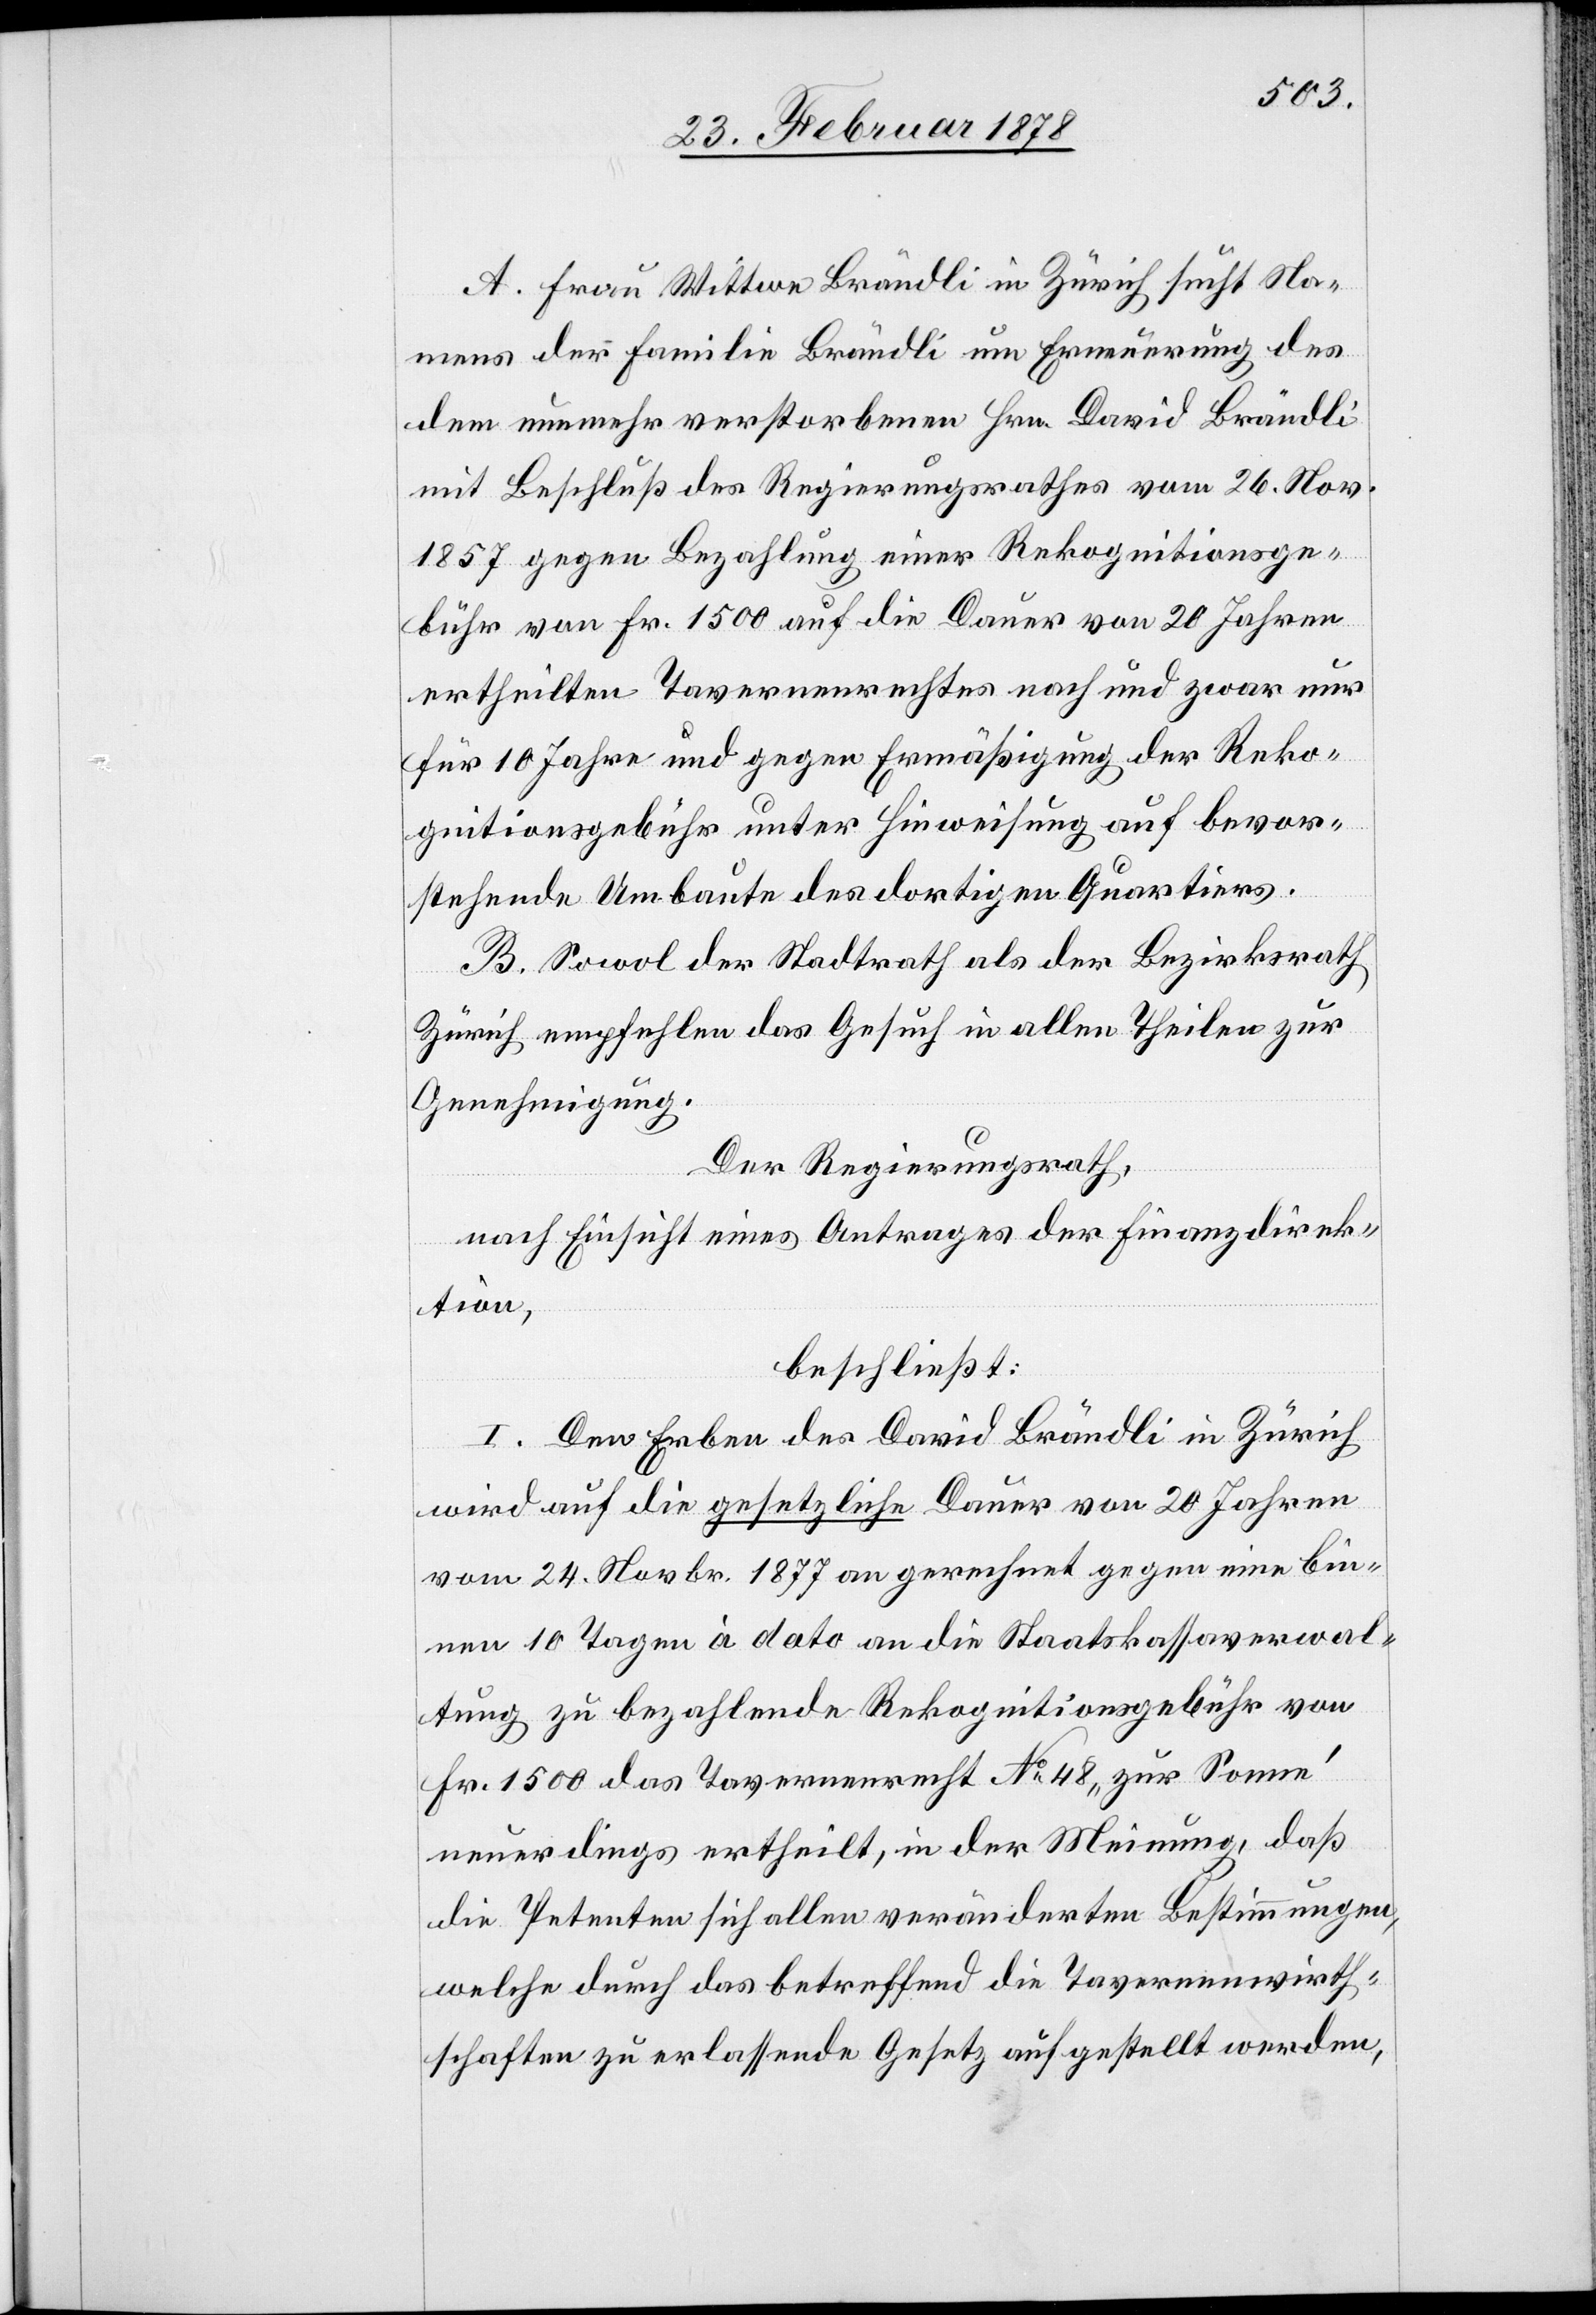
A. Frau Wittwe Brändli in Zürich sucht Na¬
mens der Familie Brändli um Erneuerung des
dem nunmehr verstorbenen Hrn. David Brändli
mit Beschluß des Regierungsrathes vom 26. Nov.
1857 gegen Bezahlung einer Rekognitionsge¬
bühr von Fr. 1500 auf die Dauer von 20 Jahren
ertheilten Tavernenrechtes nach und zwar nur
für 10 Jahre und gegen Ermäßigung der Reko¬
gnitionsgebühr unter Hinweisung auf bevor¬
stehende Umbaute des dortigen Quartiers.
B. Sowol der Stadtrath als der Bezirksrath
Zürich empfehlen das Gesuch in allen Theilen zur
Genehmigung.
Der Regierungsrath,
nach Einsicht eines Antrages der Finanzdirek¬
tion,
beschließt:
I. Den Erben des David Brändli in Zürich
wird auf die gesetzliche Dauer von 20 Jahren
vom 24. Novbr. 1877 an gerechnet gegen eine bin¬
nen 10 Tagen à dato an die Staatskassaverwal¬
tung zu bezahlende Rekognitionsgebühr von
Fr. 1500 das Tavernenrecht No 48 „zur Sonne“
neuerdings ertheilt, in der Meinung, daß
die Petenten sich allen veränderten Bestimmungen,
welche durch das betreffend die Tavernenwirth¬
schaften zu erlassende Gesetz aufgestellt werden,